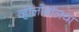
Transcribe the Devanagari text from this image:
व्हॉलीबॉलचा